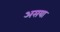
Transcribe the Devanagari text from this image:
असया